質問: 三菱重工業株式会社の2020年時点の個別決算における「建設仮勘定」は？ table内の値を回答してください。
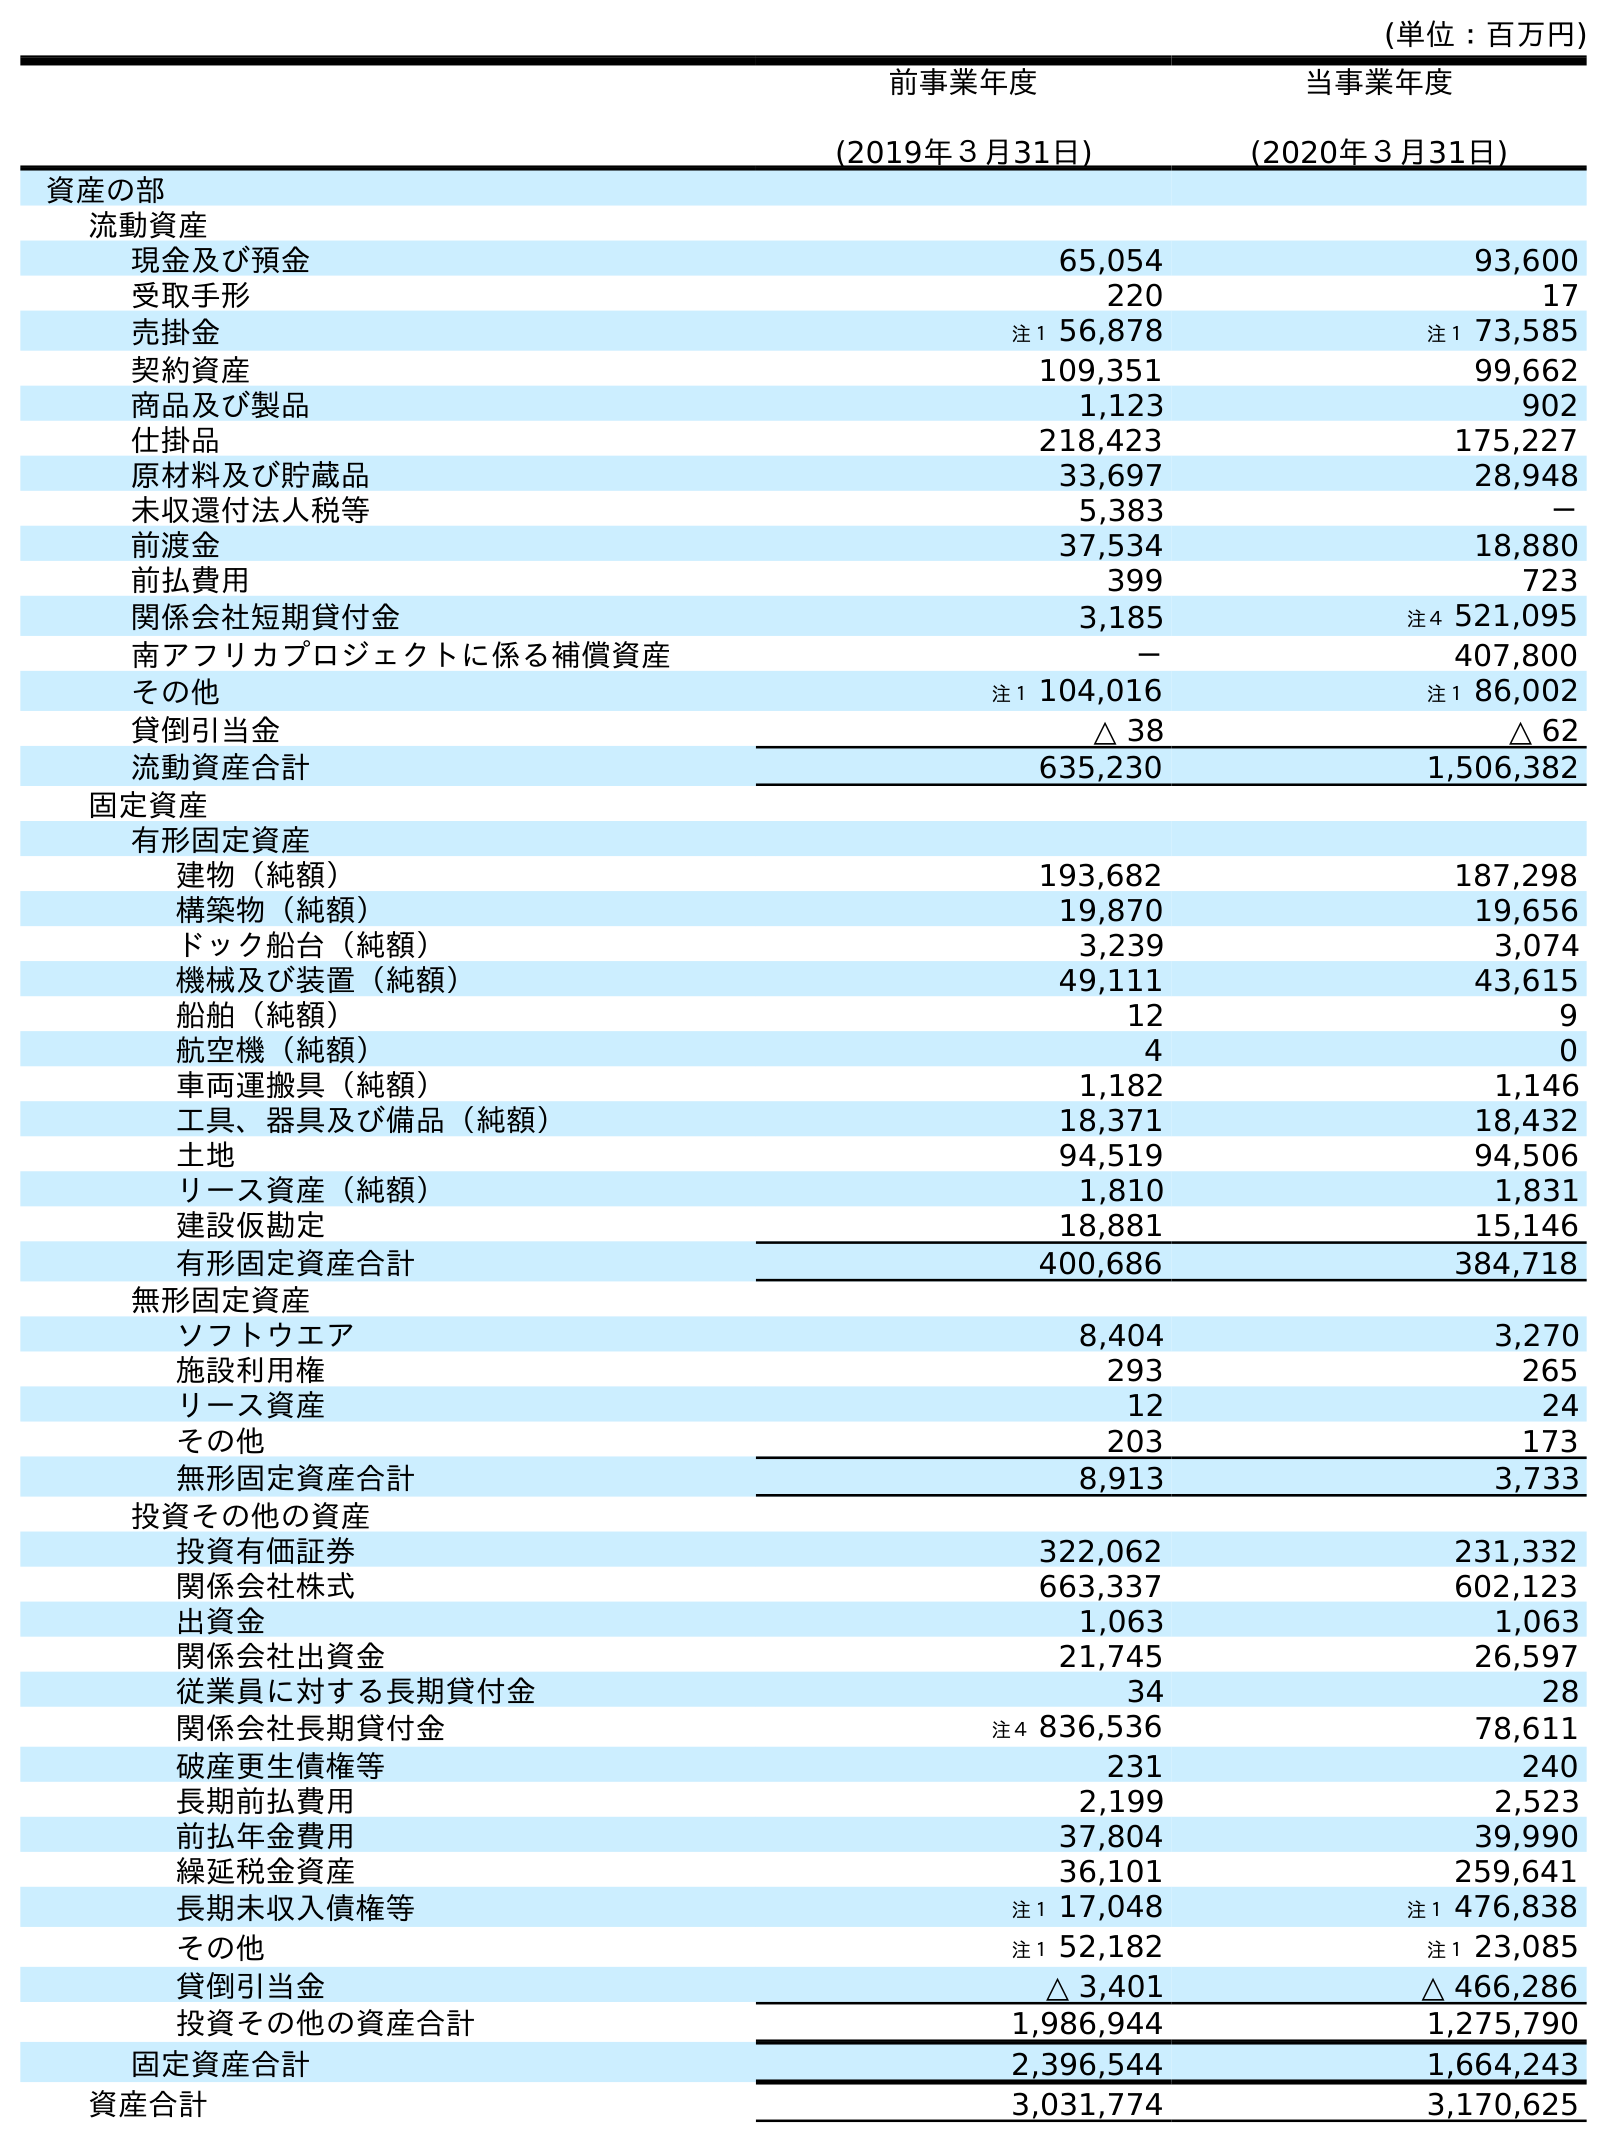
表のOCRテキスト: (単位：百万円) 前事業年度 (2019年３月31日) 当事業年度 (2020年３月31日) 資産の部 流動資産 現金及び預金 65,054 93,600 受取手形 220 17 売掛金 注１ 56,878 注１ 73,585 契約資産 109,351 99,662 商品及び製品 1,123 902 仕掛品 218,423 175,227 原材料及び貯蔵品 33,697 28,948 未収還付法人税等 5,383 － 前渡金 37,534 18,880 前払費用 399 723 関係会社短期貸付金 3,185 注４ 521,095 南アフリカプロジェクトに係る補償資産 － 407,800 その他 注１ 104,016 注１ 86,002 貸倒引当金 △ 38 △ 62 流動資産合計 635,230 1,506,382 固定資産 有形固定資産 建物（純額） 193,682 187,298 構築物（純額） 19,870 19,656 ドック船台（純額） 3,239 3,074 機械及び装置（純額） 49,111 43,615 船舶（純額） 12 9 航空機（純額） 4 0 車両運搬具（純額） 1,182 1,146 工具、器具及び備品（純額） 18,371 18,432 土地 94,519 94,506 リース資産（純額） 1,810 1,831 建設仮勘定 18,881 15,146 有形固定資産合計 400,686 384,718 無形固定資産 ソフトウエア 8,404 3,270 施設利用権 293 265 リース資産 12 24 その他 203 173 無形固定資産合計 8,913 3,733 投資その他の資産 投資有価証券 322,062 231,332 関係会社株式 663,337 602,123 出資金 1,063 1,063 関係会社出資金 21,745 26,597 従業員に対する長期貸付金 34 28 関係会社長期貸付金 注４ 836,536 78,611 破産更生債権等 231 240 長期前払費用 2,199 2,523 前払年金費用 37,804 39,990 繰延税金資産 36,101 259,641 長期未収入債権等 注１ 17,048 注１ 476,838 その他 注１ 52,182 注１ 23,085 貸倒引当金 △ 3,401 △ 466,286 投資その他の資産合計 1,986,944 1,275,790 固定資産合計 2,396,544 1,664,243 資産合計 3,031,774 3,170,625
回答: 15,146